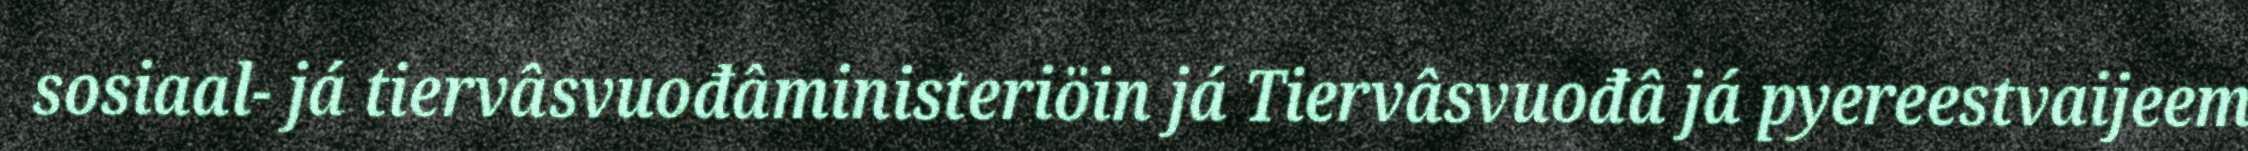
sosiaal- já tiervâsvuođâministeriöin já Tiervâsvuođâ já pyereestvaijeem